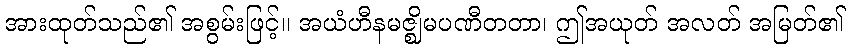
အားထုတ်သည်၏ အစွမ်းဖြင့်။ အယံဟီနမဇ္ဈိမပဏီတတာ၊ ဤအယုတ် အလတ် အမြတ်၏